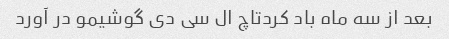
بعد از سه ماه باد کردتاچ ال سی دی گوشیمو در آورد